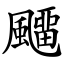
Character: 飅